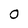
Character: 0